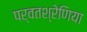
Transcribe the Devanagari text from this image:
पर्वतश्रेणिया